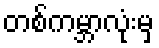
တစ်ကမ္ဘာလုံးမှ